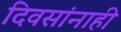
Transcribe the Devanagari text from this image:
दिवसांनाही